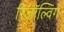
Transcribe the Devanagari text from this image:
रिज़ॉल्विंग